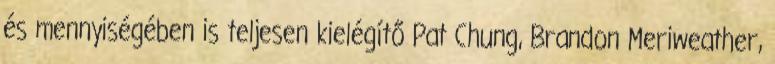
és mennyiségében is teljesen kielégítő Pat Chung, Brandon Meriweather,